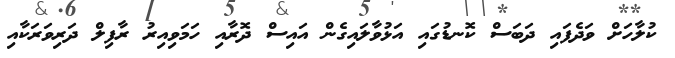
ކުލާހަށް ވަދެފައި ދަބަސް ކޮނޑުގައި އަޅުވާލައިގެން އައިސް ދޮރާއި ހަމަވިއިރު ރާފިލް ދަރިވަރަކާއި